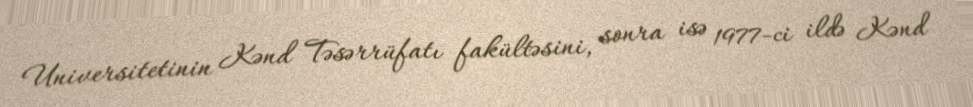
Universitetinin Kənd Təsərrüfatı fakültəsini, sonra isə 1977-ci ildə Kənd